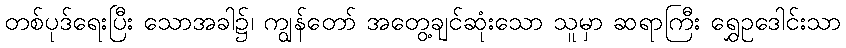
တစ်ပုဒ်ရေးပြီး သောအခါ၌၊ ကျွန်တော် အတွေ့ချင်ဆုံးသော သူမှာ ဆရာကြီး ရွှေဥဒေါင်းသာ